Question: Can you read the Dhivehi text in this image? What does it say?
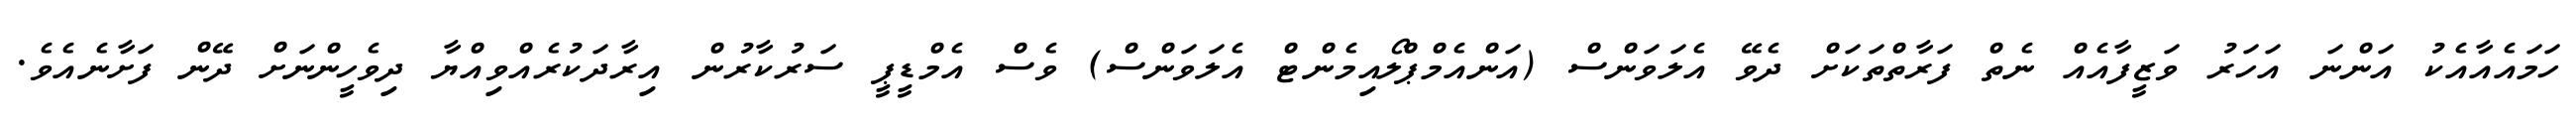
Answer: ހަމައެއާއެކު އަންނަ އަހަރު ވަޒީފާއެއް ނެތް ފަރާތްތަކަށް ދެވޭ އެލަވަންސް (އަންއެމްޕްލޯއިމެންޓް އެލަވަންސް) ވެސް އެމްޑީޕީ ސަރުކާރުން އިރާދަކުރެއްވިއްޔާ ދިވެހީންނަށް ދޭން ފަށާނެއެވެ.